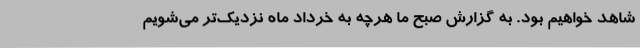
شاهد خواهیم بود. به گزارش صبح ما هرچه به خرداد ماه نزدیک‌تر می‌شویم